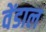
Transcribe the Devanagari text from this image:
वेंडाल